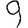
Digit: 9